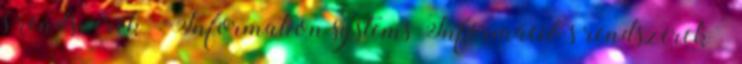
s rendszerek – Information systems Információ s rendszerek –